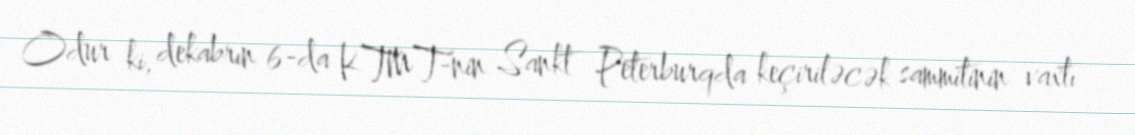
Odur ki, dekabrın 6-da KTMT-nin Sankt Peterburqda keçiriləcək sammitinin vaxtı